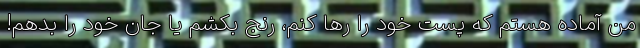
من آماده هستم که پست خود را رها کنم، رنج بکشم یا جان خود را بدهم!